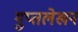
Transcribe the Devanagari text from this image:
गुप्तलेखन